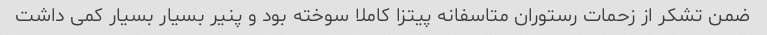
ضمن تشکر از زحمات رستوران متاسفانه پیتزا کاملا سوخته بود و پنیر بسیار بسیار کمی داشت